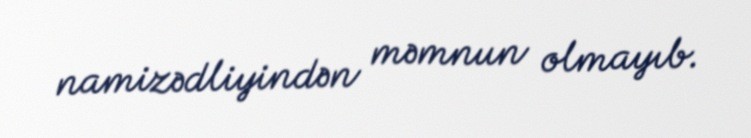
namizədliyindən məmnun olmayıb.